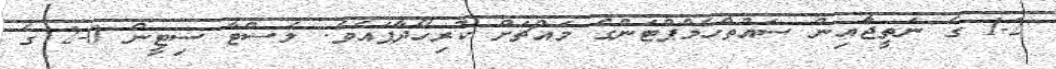
1-2 ގެ ނަތީޖާއިން ސައުތްހެމްޕްޓަންގެ މައްޗަށް ކުރިހޯދާފައެވެ. ލެސްޓާ ސިޓީން 0-2 ގެ